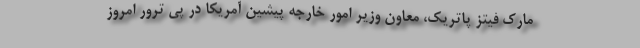
مارک فیتز پاتریک، معاون وزیر امور خارجه پیشین آمریکا در پی ترور امروز